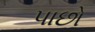
પાછો